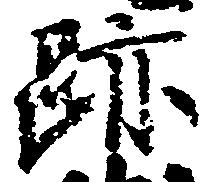
跡